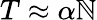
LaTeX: T\approx\alpha\mathbb{N}